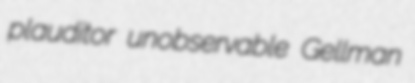
plauditor unobservable Gellman